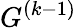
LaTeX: G^{(k-1)}